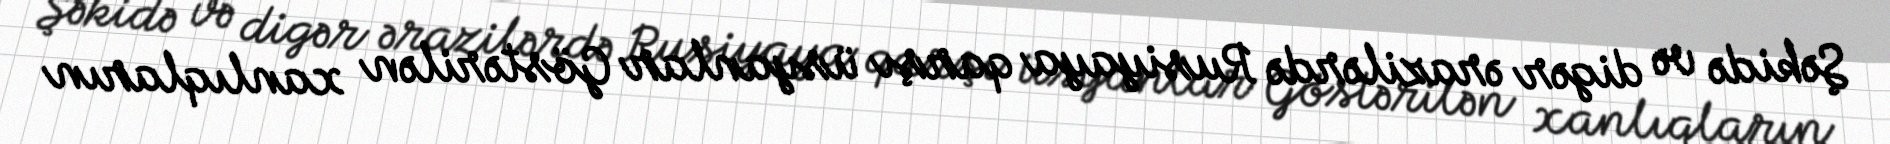
Şəkidə və digər ərazilərdə Rusiyaya qarşı üsyanlar Göstərilən xanlıqların